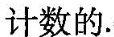
计数的.